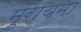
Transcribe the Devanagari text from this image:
मुरायमा